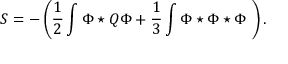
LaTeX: S = - \left( \frac { 1 } { 2 } \int \Phi \star Q \Phi + \frac { 1 } { 3 } \int \Phi \star \Phi \star \Phi \ \right) .